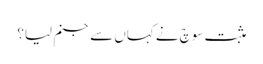
مثبت سوچ نے کہاں سے جنم لیا؟